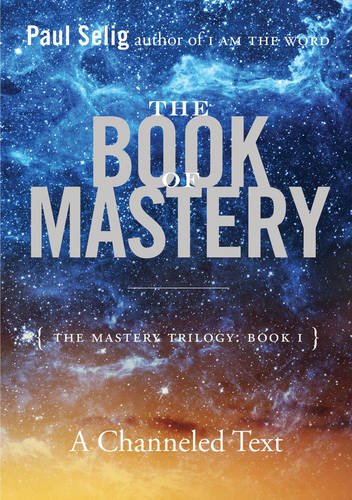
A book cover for The Book of Mastery: The Mastery Trilogy: Book I; Paul Selig; Religion & Spirituality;